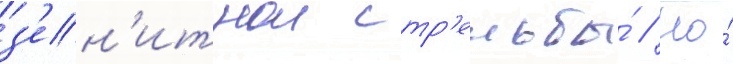
з'ен'итнои стр'ельбы́ // Но́